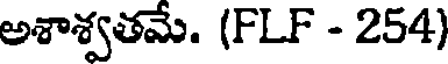
అశాశ్వతమే. (FLF - 254)